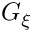
G _ { \xi }